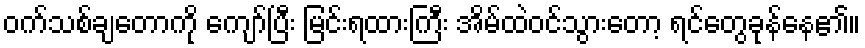
ဝက်သစ်ချတောကို ကျော်ပြီး မြင်းရထားကြီး အိမ်ထဲဝင်သွားတော့ ရင်တွေခုန်နေ၏။